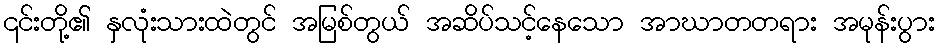
၎င်းတို့၏ နှလုံးသားထဲတွင် အမြစ်တွယ် အဆိပ်သင့်နေသော အာဃာတတရား အမုန်းပွား